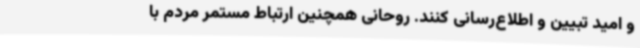
و امید تبیین و اطلاع‌رسانی کنند. روحانی همچنین ارتباط مستمر مردم با